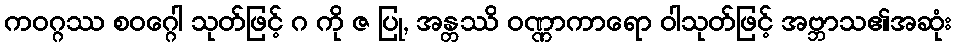
ကဝဂ္ဂဿ စဝဂ္ဂေါ သုတ်ဖြင့် ဂ ကို ဇ ပြု, အန္တဿိ ဝဏ္ဏာကာရော ဝါသုတ်ဖြင့် အဗ္ဘာသ၏အဆုံး